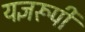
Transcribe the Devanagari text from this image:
यज्ञरूपी